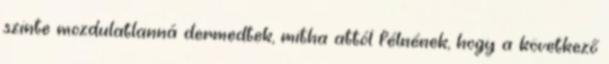
szinte mozdulatlanná dermedtek, mitha attól félnének, hogy a következő